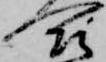
合